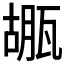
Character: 𤭱